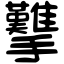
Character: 𢺋